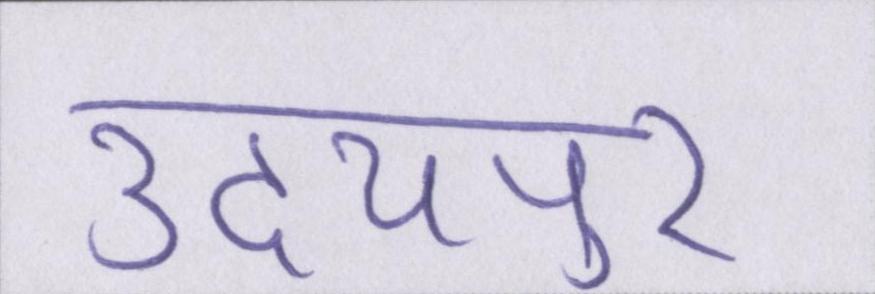
उदयपुर